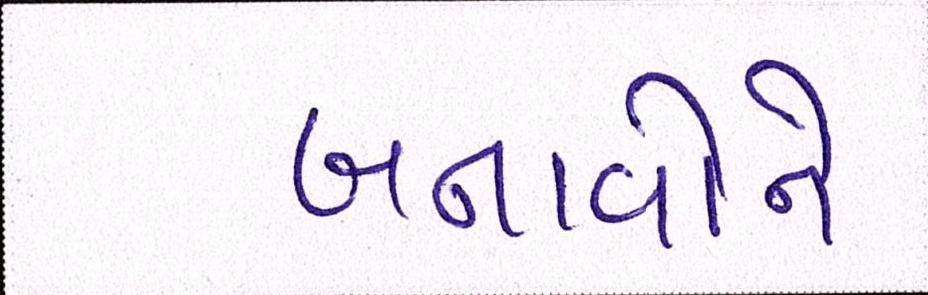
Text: બનાવોને